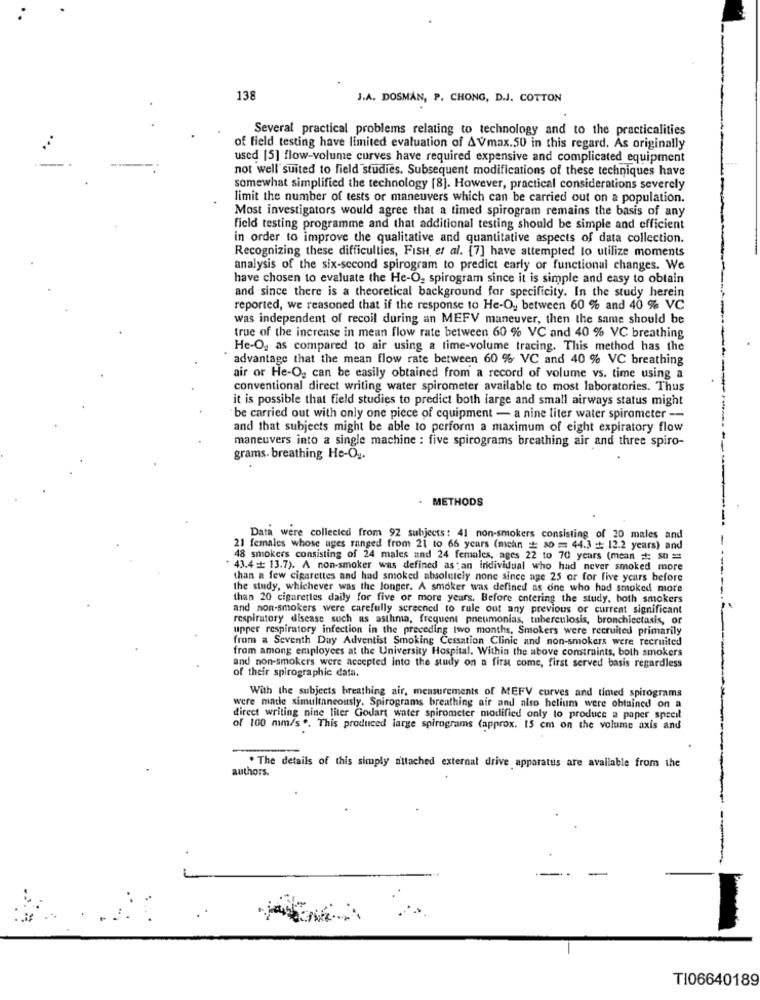
138
J.A. DOSMAN, P. CHONG, D.J. COTTON
Several practical problems relating to technology and to the practicalities
of field testing have limited evaluation of AVmax.50 in this regard. As originally
used [5] flow-volume curves have required expensive and complicated equipment
not well suited to field studies. Subsequent modifications of these techniques have
somewhat simplified the technology [8]. However, practical considerations severely
limit the number of tests or maneuvers which can be carried out on a population.
Most investigators would agree that a timed spirogram remains the basis of any
field testing programme and that additional testing should be simple and efficient
in order to improve the qualitative and quantitative aspects of data collection.
Recognizing these difficulties, FisHt, et al. [7] have attempted to utilize moments
analysis of the six-second spirogram to predict early or functional changes. We
have chosen to evaluate the He-O, spirogram since it is simple and easy to obtain
and since there is a theoretical background for specificity. In the study herein
reported, we reasoned that if the response to He-O, between 60 % and 40 % VC
was independent of recoil during an MEFV maneuver, then the same should be
true of the increase in mean flow rate between 60 % VC and 40 % VC breathing
He-Og as compared to air using a time-volume tracing. This method has the
advantage that the mean flow rate between 60 % VC and 40 % VC breathing
air or He-O, can be easily obtained from a record of volume vs. time using a
conventional direct writing water spirometer available to most laboratories. Thus
it is possible that field studies to predict both large and small airways status might
be carried out with only one piece of equipment - a nine liter water spirometer --
and that subjects might be able to perform a maximum of eight expiratory flow
maneuvers into a single machine : five spirograms breathing air and three spiro-
grams. breathing He-Og.
METHODS
Data were collected from 92 subjects: 41 non-smokers consisting of 20 males and
21 females whose ages ranged from 21 to 66 years (mean # 80 = 44.3 = 12.2 years) and
48 smokers consisting of 24 males and 24 females, ages 22 to 70 years (mean = 50 =
43.4 + 13.7). A non-smoker was defined as an individual who had never smoked more
than a few cigarettes and had smoked absolutely none since age 25 or for five years before
the study, whichever was the longer. A smoker was defined as one who had smoked more
than 20 cigarettes daily for five or more years. Before entering the study, both smokers
and non-smokers were carefully screened to rule out any previous or current significant
respiratory disease such as asthma, frequent pneumonias, tuberculosis, bronchiectasis, or
upper respiratory infection in the preceding two months, Smokers were recruited primarily
from a Seventh Day Adventist Smoking Cessation Clinic and non-smokers were recruited
from among employees at the University Hospital. Within the above constraints, both smokers
of their spirographic data.
and non-smokers were accepted into the study on a first come, first served basis regardless
With the subjects breathing air, measurements of MEFV curves and tinted spirograms
were matie simultaneously. Spirograms breathing air and also helium were obtained on a
direct writing nine liter Godart water spirometer modified only to produce a paper specil
of 100 mm/s .. This produced large spirograms (approx. 15 cm on the volume axis and
authors.
. The details of this simply attached external drive apparatus are available from the
TI06640189